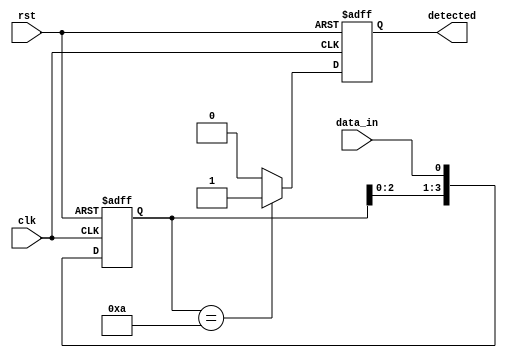
module flip_flop_detector #(
    parameter PATTERN_LENGTH = 4,  // Length of the pattern to be detected
    parameter PATTERN = 4'b1010     // Predefined pattern to detect
)(
    input wire clk,                 // Clock signal
    input wire rst,                 // Reset signal
    input wire data_in,             // Input data stream
    output reg detected              // Output signal indicating pattern detection
);

    // Flip-flops to store the state of the input signal
    reg [PATTERN_LENGTH-1:0] shift_reg;

    // Always block to handle flip-flop behavior
    always @(posedge clk or posedge rst) begin
        if (rst) begin
            shift_reg <= 0;           // Reset the shift register
            detected <= 0;            // Reset the detected signal
        end else begin
            shift_reg <= {shift_reg[PATTERN_LENGTH-2:0], data_in}; // Shift in the new data
            // Check for pattern detection
            if (shift_reg == PATTERN) begin
                detected <= 1;         // Pattern detected
            end else begin
                detected <= 0;         // No pattern detected
            end
        end
    end

endmodule